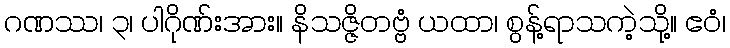
ဂဏဿ၊ ၃၊ ပါဂိုဏ်းအား။ နိသဇ္ဇိတဗ္ဗံ ယထာ၊ စွန့်ရာသကဲ့သို့။ ဧဝံ၊